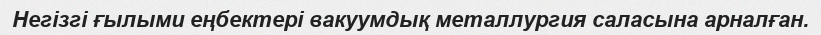
Негізгі ғылыми еңбектері вакуумдық металлургия саласына арналған.